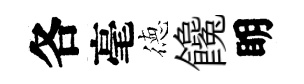
各毫徳饞眀